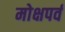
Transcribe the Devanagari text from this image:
मोक्षपर्व